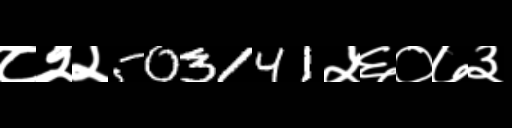
Text: ८२२503141५६०७३